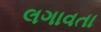
લગાવતા